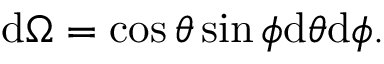
\mathrm { d } \Omega = \cos \theta \sin \phi \mathrm { d } \theta \mathrm { d } \phi .